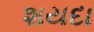
શયદા